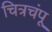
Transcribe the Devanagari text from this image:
चित्रचंपू